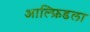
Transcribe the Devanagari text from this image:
आल्फ्रिडला